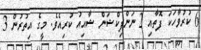
6 ކުރުވާހަކަ ފޮތާއި 2 ނަންފިކްޝަން ޝާއިއު ކުރިއެވެ. މީގެ އިތުރުން 3